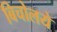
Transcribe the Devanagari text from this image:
बिचोलये